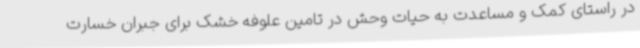
در راستای کمک و مساعدت به حیات وحش در تامین علوفه خشک برای جبران خسارت